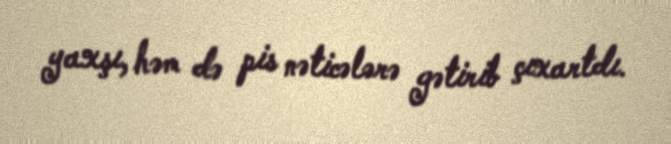
yaxşı, həm də pis nəticələrə gətirib çıxartdı.